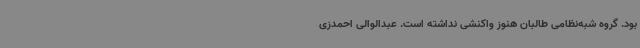
بود. گروه شبه‌نظامی طالبان هنوز واکنشی نداشته است. عبدالوالی احمدزی